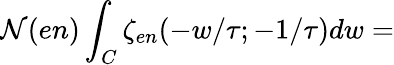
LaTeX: {\cal N}(en)\int_{C}\zeta_{en}(-w/\tau;-1/\tau)dw=